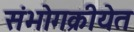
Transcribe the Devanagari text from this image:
संभोगक्रीयेत